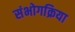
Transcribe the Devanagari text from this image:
संभोगक्रिया